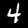
Digit: 4